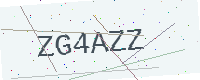
Text: ZG4AZZ